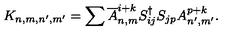
K _ { n , m , n ^ { \prime } , m ^ { \prime } } = \sum \overline { { A } } _ { n , m } ^ { i + k } S _ { i j } ^ { \dagger } S _ { j p } A _ { n ^ { \prime } , m ^ { \prime } } ^ { p + k } .